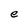
Character: e